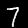
Digit: 7